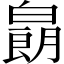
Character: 𱱽